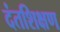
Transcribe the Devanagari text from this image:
दंतशिक्षण